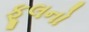
ફૂલનો